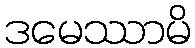
ဒမေဿာမိ